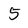
Character: 5